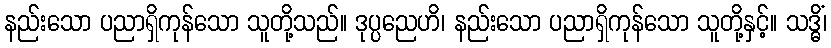
နည်းသော ပညာရှိကုန်သော သူတို့သည်။ ဒုပ္ပညေဟိ၊ နည်းသော ပညာရှိကုန်သော သူတို့နှင့်။ သဒ္ဓိံ၊